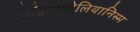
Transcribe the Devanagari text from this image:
मेकियावेलियानिस्म